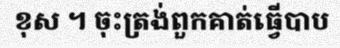
ខុស ។ ចុះត្រង់ពួកគាត់ធ្វើបាប